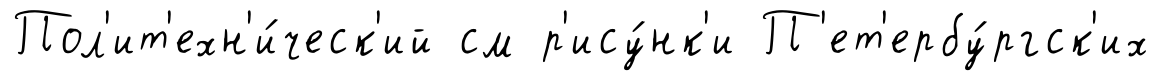
Пол'ит'ехн'и́ческ'ий см р'ису́нк'и П'ет'ербу́ргск'их